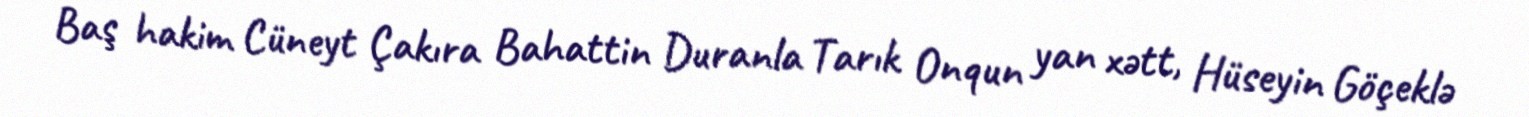
Baş hakim Cüneyt Çakıra Bahattin Duranla Tarık Onqun yan xətt, Hüseyin Göçeklə